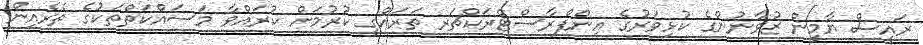
ރައީސް ޔާމީން ޒުވާނުންގެ ކުޅިވަރުގެ އިންފްރާސްޓްރަކްޗަރ ތަރައްގީ ކުރުމަށް ކުރައްވާ މަސައްކަތްތަކުގެ ތެެރެއިން